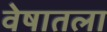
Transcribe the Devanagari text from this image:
वेषातला